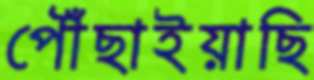
পৌঁছাইয়াছি